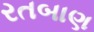
રતબાણ